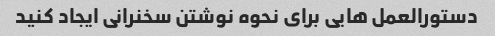
دستورالعمل هایی برای نحوه نوشتن سخنرانی ایجاد کنید